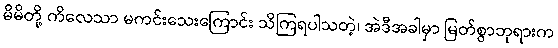
မိမိတို့ ကိလေသာ မကင်းသေးကြောင်း သိကြရပါသတဲ့၊ အဲဒီအခါမှာ မြတ်စွာဘုရားက